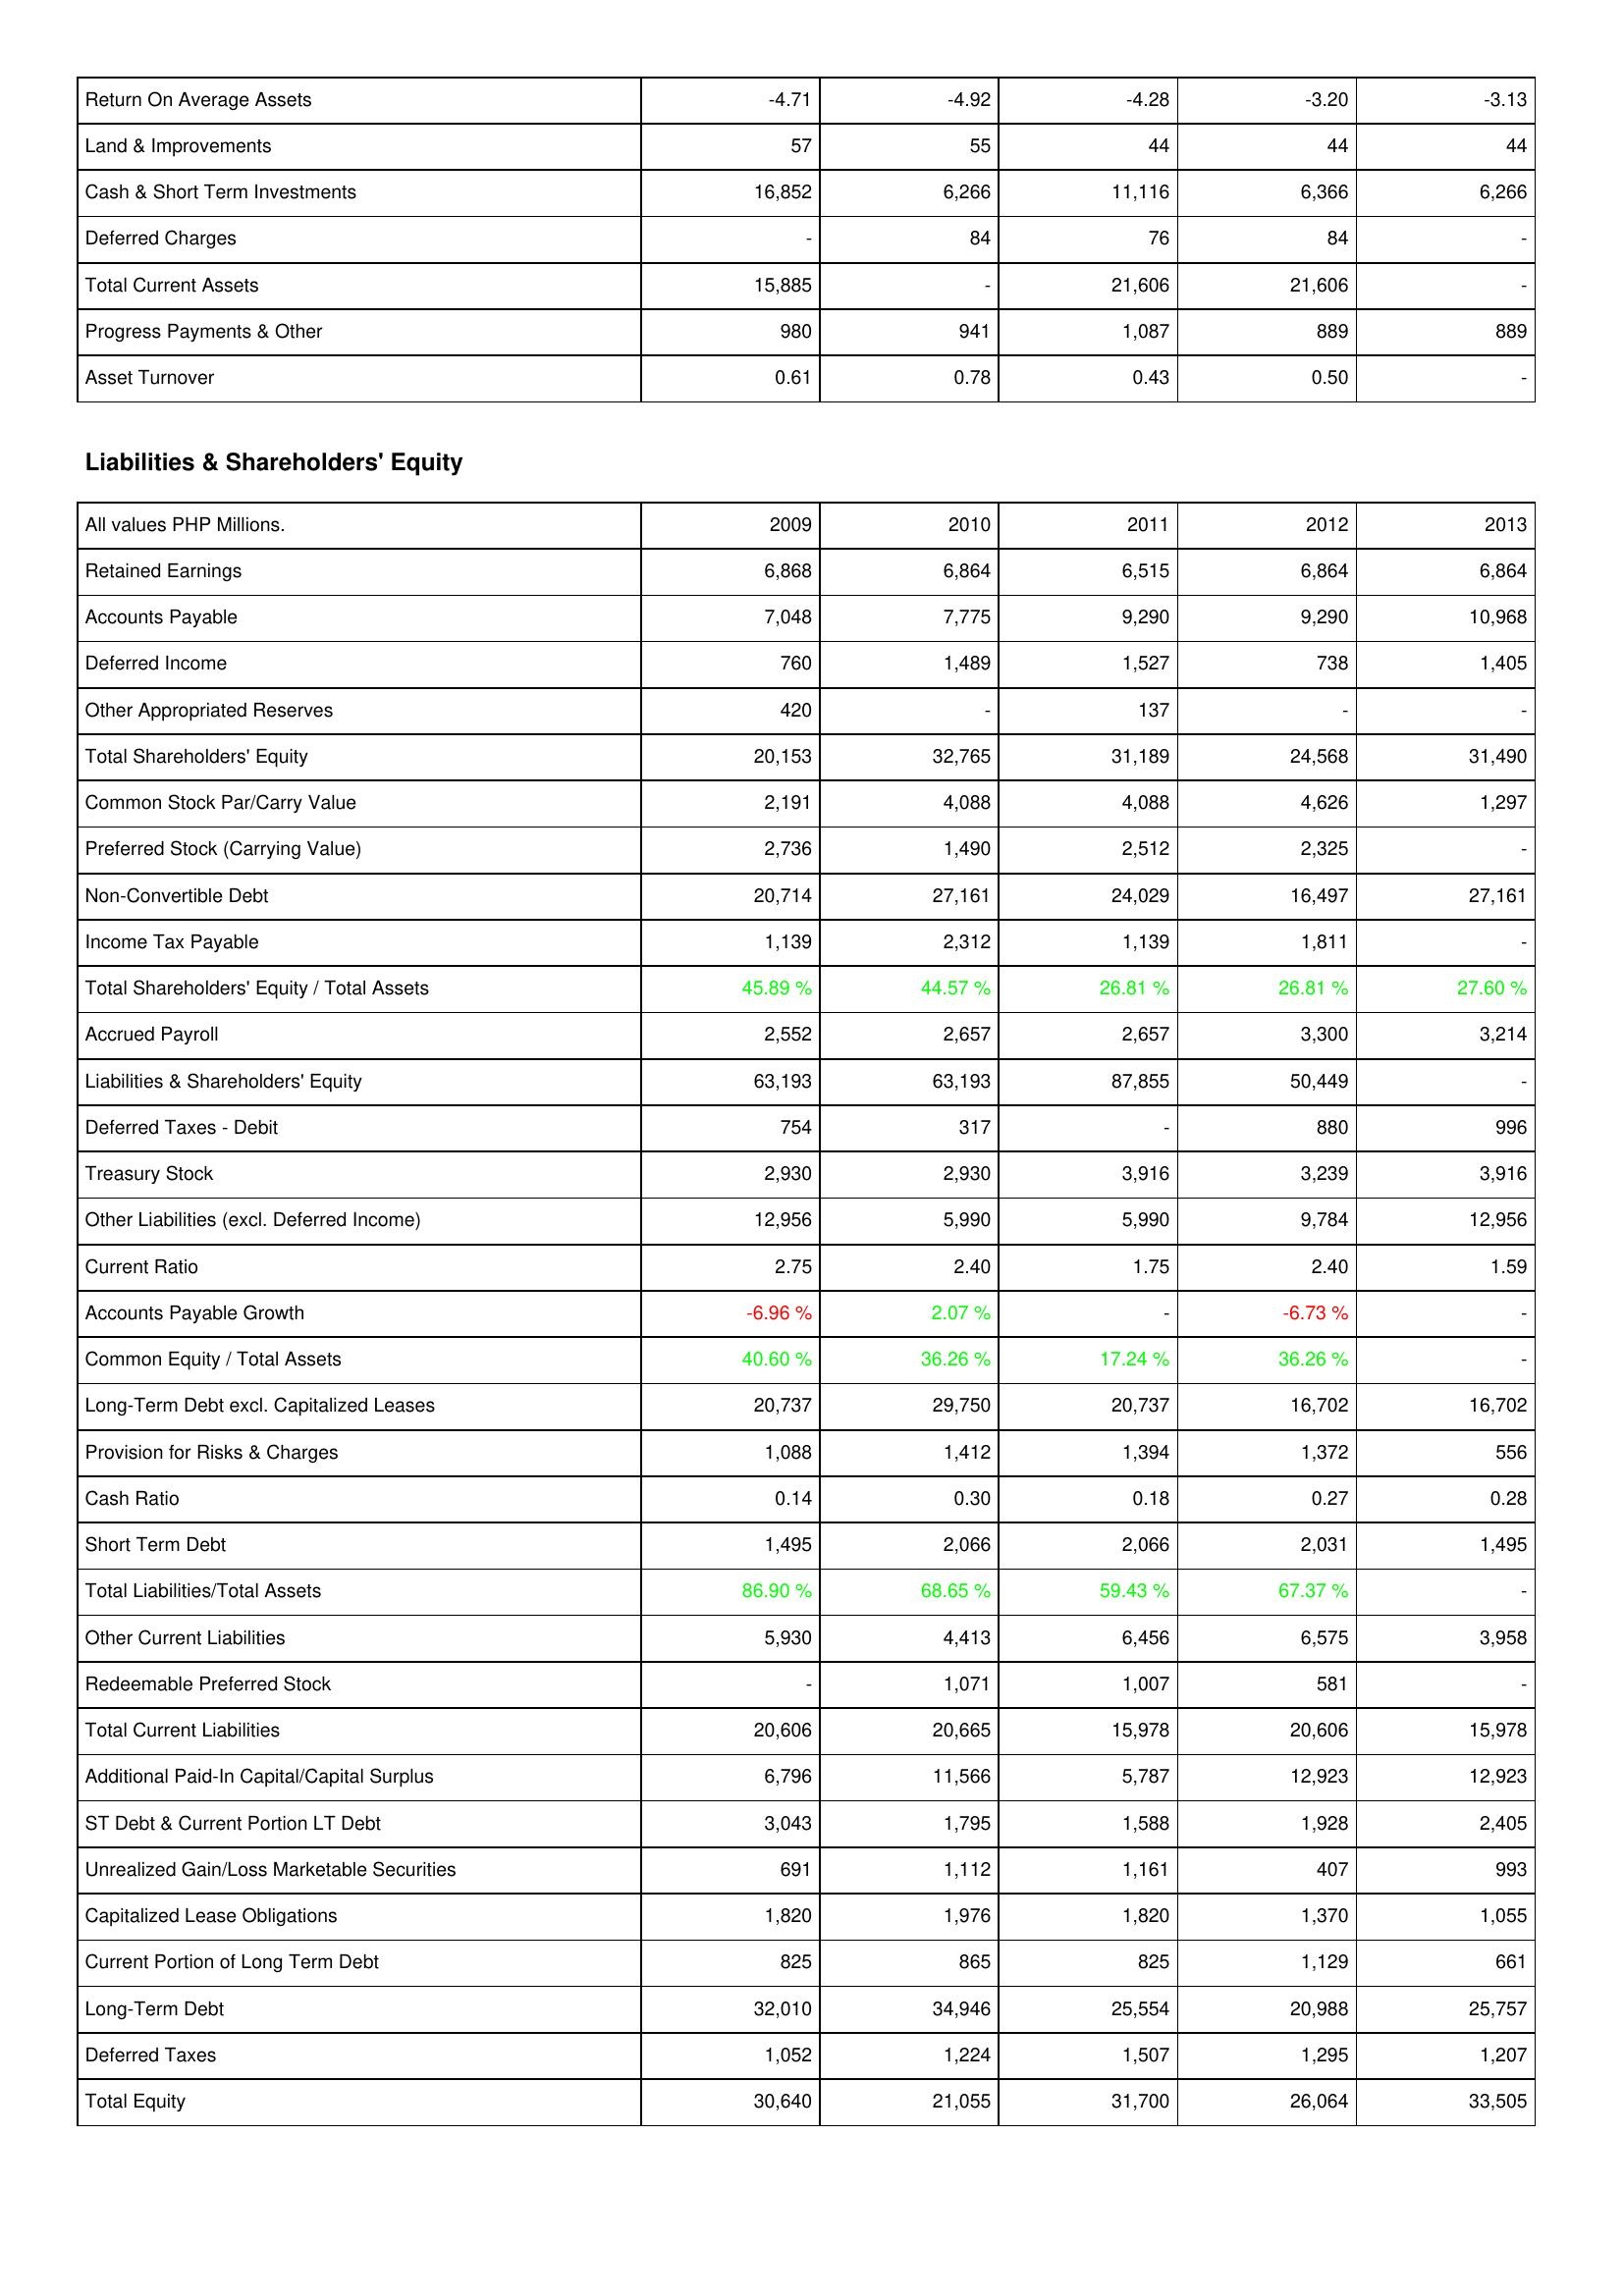
2009: Assets: Return On Average Assets: -4.71
Land & Improvements: 57
Cash & Short Term Investments: 16,852
Deferred Charges: -
Total Current Assets: 15,885
Progress Payments & Other: 980
Asset Turnover: 0.61
Liabilities & Shareholders' Equity: Retained Earnings: 6,868
Accounts Payable: 7,048
Deferred Income: 760
Other Appropriated Reserves: 420
Total Shareholders' Equity: 20,153
Common Stock Par/Carry Value: 2,191
Preferred Stock (Carrying Value): 2,736
Non-Convertible Debt: 20,714
Income Tax Payable: 1,139
Total Shareholders' Equity / Total Assets: 45.89 %
Accrued Payroll: 2,552
Liabilities & Shareholders' Equity: 63,193
Deferred Taxes - Debit: 754
Treasury Stock: 2,930
Other Liabilities (excl. Deferred Income): 12,956
Current Ratio: 2.75
Accounts Payable Growth: -6.96 %
Common Equity / Total Assets: 40.60 %
Long-Term Debt excl. Capitalized Leases: 20,737
Provision for Risks & Charges: 1,088
Cash Ratio: 0.14
Short Term Debt: 1,495
Total Liabilities/Total Assets: 86.90 %
Other Current Liabilities: 5,930
Redeemable Preferred Stock: -
Total Current Liabilities: 20,606
Additional Paid-In Capital/Capital Surplus: 6,796
ST Debt & Current Portion LT Debt: 3,043
Unrealized Gain/Loss Marketable Securities: 691
Capitalized Lease Obligations: 1,820
Current Portion of Long Term Debt: 825
Long-Term Debt: 32,010
Deferred Taxes: 1,052
Total Equity: 30,640
2010: Assets: Return On Average Assets: -4.92
Land & Improvements: 55
Cash & Short Term Investments: 6,266
Deferred Charges: 84
Total Current Assets: -
Progress Payments & Other: 941
Asset Turnover: 0.78
Liabilities & Shareholders' Equity: Retained Earnings: 6,864
Accounts Payable: 7,775
Deferred Income: 1,489
Other Appropriated Reserves: -
Total Shareholders' Equity: 32,765
Common Stock Par/Carry Value: 4,088
Preferred Stock (Carrying Value): 1,490
Non-Convertible Debt: 27,161
Income Tax Payable: 2,312
Total Shareholders' Equity / Total Assets: 44.57 %
Accrued Payroll: 2,657
Liabilities & Shareholders' Equity: 63,193
Deferred Taxes - Debit: 317
Treasury Stock: 2,930
Other Liabilities (excl. Deferred Income): 5,990
Current Ratio: 2.40
Accounts Payable Growth: 2.07 %
Common Equity / Total Assets: 36.26 %
Long-Term Debt excl. Capitalized Leases: 29,750
Provision for Risks & Charges: 1,412
Cash Ratio: 0.30
Short Term Debt: 2,066
Total Liabilities/Total Assets: 68.65 %
Other Current Liabilities: 4,413
Redeemable Preferred Stock: 1,071
Total Current Liabilities: 20,665
Additional Paid-In Capital/Capital Surplus: 11,566
ST Debt & Current Portion LT Debt: 1,795
Unrealized Gain/Loss Marketable Securities: 1,112
Capitalized Lease Obligations: 1,976
Current Portion of Long Term Debt: 865
Long-Term Debt: 34,946
Deferred Taxes: 1,224
Total Equity: 21,055
2011: Assets: Return On Average Assets: -4.28
Land & Improvements: 44
Cash & Short Term Investments: 11,116
Deferred Charges: 76
Total Current Assets: 21,606
Progress Payments & Other: 1,087
Asset Turnover: 0.43
Liabilities & Shareholders' Equity: Retained Earnings: 6,515
Accounts Payable: 9,290
Deferred Income: 1,527
Other Appropriated Reserves: 137
Total Shareholders' Equity: 31,189
Common Stock Par/Carry Value: 4,088
Preferred Stock (Carrying Value): 2,512
Non-Convertible Debt: 24,029
Income Tax Payable: 1,139
Total Shareholders' Equity / Total Assets: 26.81 %
Accrued Payroll: 2,657
Liabilities & Shareholders' Equity: 87,855
Deferred Taxes - Debit: -
Treasury Stock: 3,916
Other Liabilities (excl. Deferred Income): 5,990
Current Ratio: 1.75
Accounts Payable Growth: -
Common Equity / Total Assets: 17.24 %
Long-Term Debt excl. Capitalized Leases: 20,737
Provision for Risks & Charges: 1,394
Cash Ratio: 0.18
Short Term Debt: 2,066
Total Liabilities/Total Assets: 59.43 %
Other Current Liabilities: 6,456
Redeemable Preferred Stock: 1,007
Total Current Liabilities: 15,978
Additional Paid-In Capital/Capital Surplus: 5,787
ST Debt & Current Portion LT Debt: 1,588
Unrealized Gain/Loss Marketable Securities: 1,161
Capitalized Lease Obligations: 1,820
Current Portion of Long Term Debt: 825
Long-Term Debt: 25,554
Deferred Taxes: 1,507
Total Equity: 31,700
2012: Assets: Return On Average Assets: -3.20
Land & Improvements: 44
Cash & Short Term Investments: 6,366
Deferred Charges: 84
Total Current Assets: 21,606
Progress Payments & Other: 889
Asset Turnover: 0.50
Liabilities & Shareholders' Equity: Retained Earnings: 6,864
Accounts Payable: 9,290
Deferred Income: 738
Other Appropriated Reserves: -
Total Shareholders' Equity: 24,568
Common Stock Par/Carry Value: 4,626
Preferred Stock (Carrying Value): 2,325
Non-Convertible Debt: 16,497
Income Tax Payable: 1,811
Total Shareholders' Equity / Total Assets: 26.81 %
Accrued Payroll: 3,300
Liabilities & Shareholders' Equity: 50,449
Deferred Taxes - Debit: 880
Treasury Stock: 3,239
Other Liabilities (excl. Deferred Income): 9,784
Current Ratio: 2.40
Accounts Payable Growth: -6.73 %
Common Equity / Total Assets: 36.26 %
Long-Term Debt excl. Capitalized Leases: 16,702
Provision for Risks & Charges: 1,372
Cash Ratio: 0.27
Short Term Debt: 2,031
Total Liabilities/Total Assets: 67.37 %
Other Current Liabilities: 6,575
Redeemable Preferred Stock: 581
Total Current Liabilities: 20,606
Additional Paid-In Capital/Capital Surplus: 12,923
ST Debt & Current Portion LT Debt: 1,928
Unrealized Gain/Loss Marketable Securities: 407
Capitalized Lease Obligations: 1,370
Current Portion of Long Term Debt: 1,129
Long-Term Debt: 20,988
Deferred Taxes: 1,295
Total Equity: 26,064
2013: Assets: Return On Average Assets: -3.13
Land & Improvements: 44
Cash & Short Term Investments: 6,266
Deferred Charges: -
Total Current Assets: -
Progress Payments & Other: 889
Asset Turnover: -
Liabilities & Shareholders' Equity: Retained Earnings: 6,864
Accounts Payable: 10,968
Deferred Income: 1,405
Other Appropriated Reserves: -
Total Shareholders' Equity: 31,490
Common Stock Par/Carry Value: 1,297
Preferred Stock (Carrying Value): -
Non-Convertible Debt: 27,161
Income Tax Payable: -
Total Shareholders' Equity / Total Assets: 27.60 %
Accrued Payroll: 3,214
Liabilities & Shareholders' Equity: -
Deferred Taxes - Debit: 996
Treasury Stock: 3,916
Other Liabilities (excl. Deferred Income): 12,956
Current Ratio: 1.59
Accounts Payable Growth: -
Common Equity / Total Assets: -
Long-Term Debt excl. Capitalized Leases: 16,702
Provision for Risks & Charges: 556
Cash Ratio: 0.28
Short Term Debt: 1,495
Total Liabilities/Total Assets: -
Other Current Liabilities: 3,958
Redeemable Preferred Stock: -
Total Current Liabilities: 15,978
Additional Paid-In Capital/Capital Surplus: 12,923
ST Debt & Current Portion LT Debt: 2,405
Unrealized Gain/Loss Marketable Securities: 993
Capitalized Lease Obligations: 1,055
Current Portion of Long Term Debt: 661
Long-Term Debt: 25,757
Deferred Taxes: 1,207
Total Equity: 33,505